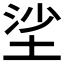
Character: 𡋷